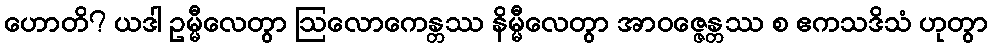
ဟောတိ? ယဒါ ဥမ္မီလေတွာ ဩလောကေန္တဿ နိမ္မီလေတွာ အာဝဇ္ဇေန္တဿ စ ဧကသဒိသံ ဟုတွာ